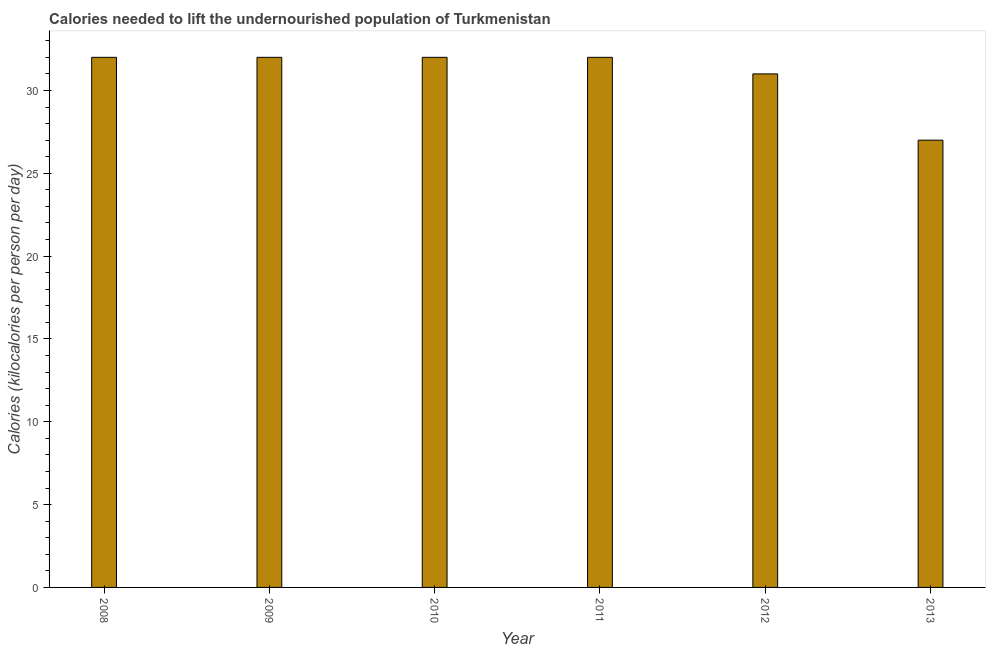
| Year | Depth of the food deficit |
 | --- | --- |
 | 2008 | 32 |
 | 2009 | 32 |
 | 2010 | 32 |
 | 2011 | 32 |
 | 2012 | 31 |
 | 2013 | 27 |